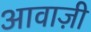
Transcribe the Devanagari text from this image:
आवाज़ी